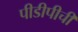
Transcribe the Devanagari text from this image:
पीडीपीची